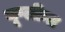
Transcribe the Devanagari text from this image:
यूग्लीना